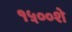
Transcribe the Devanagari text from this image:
१५००शे